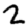
Digit: 2